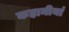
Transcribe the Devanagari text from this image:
कहानीयां